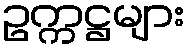
ဥက္ကဋ္ဌများ